Vaccination in the Punjab 1897-1904 - 1897-1904
Year: 1897
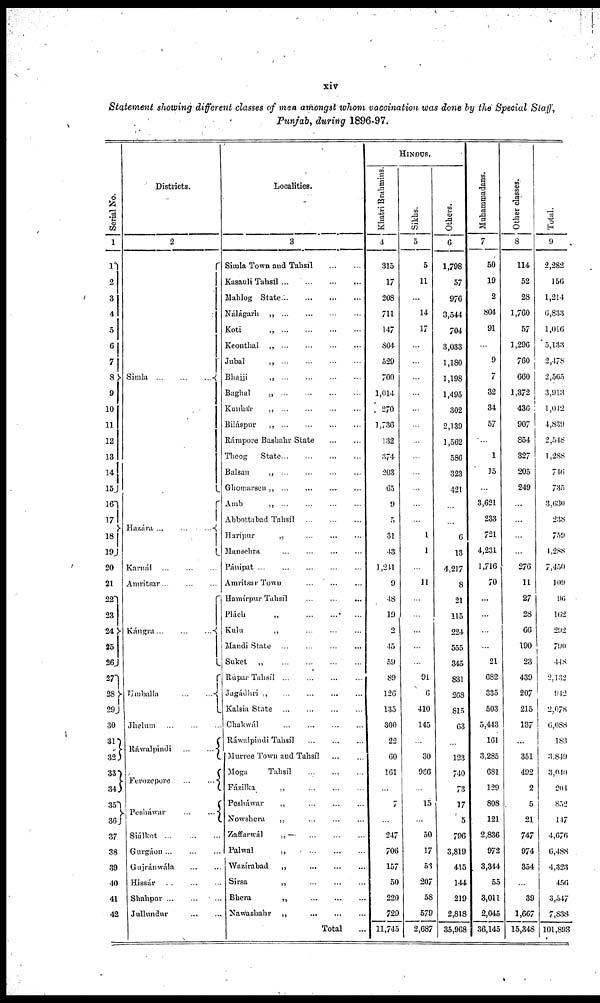
xiv
Statement showing different classes of men amongst whom vaccination was done by the Special Staff,
Punjab, during 1896-97.
Serial No.
1
1
2
3
4
5
6
7
8
9
10
11
12
13
14
15
16
17
18
19
20
21
22
23
24
25
26
27
28
29
30
31
32
33
34
35
36
37
38
39
40
41
42
Districts.
2
Simla
...
...
...
Hazára ... ... ...
Karnál
...
...
...
Amritsar
...
...
...
Kángra
...
...
...
Umballa
...
...
...
Jhelum
...
...
...
Ráwalpindi ... ... ...
Ferozepore ... ... ...
Pesháwar
...
...
...
Siálkot
...
...
...
Gurgáon ... ... ...
Gujránwala ... ... ...
Hissár ... ... ...
Shahpur ... ... ...
Jullundur ... ... ...
Localities.
3
Simla Town and Tabsíl
...
...
Kasauli Tahsíl ... ... ... ...
Mahlog State
...
...
...
...
Nálágarh
„
...
...
...
...
Koti
„
...
...
...
...
Keonthal
„
...
...
...
...
Jubal
„
...
...
...
...
Bhajji
„
...
...
...
...
Baghal
„
...
...
...
...
Kunhár „ ... ... ... ...
Biláspur
„
...
...
...
...
Rámpore Bashahr State
...
...
Theog
State
...
...
...
...
Balsan
„
...
...
...
...
Ghomarsen
„
...
...
...
...
Amb
„
...
...
...
...
Abbottabad Tahsíl
...
...
...
Harípur „ ... ... ... ...
Mansehra „ ... ... ... ...
Pánipat ... ... ... ... ...
Amritsar Town „ ... ... ... ...
Hamírpur Tahsíl ... ... ...
Plách
„
...
...
...
...
Kulu
„
...
...
...
...
Mandi State „ ... ... ... ...
Suket
„
...
...
...
...
Rúpar Tahsíl
...
...
...
...
Jagádhri „ ... ... ... ...
Kalsia State ... ... ... ...
Chakwál
...
...
...
...
Ráwalpindi Tahsíl ... ... ...
Murree Town and Tahsíl ... ...
Moga
Tahsíl
...
...
...
Fázilka
„
...
...
...
...
Pesháwar
„
...
...
...
...
Nowshera
„
...
...
...
...
Zaffarwál „ ... ... ... ...
Palwal
„
...
...
...
...
Wazírabad
„
...
...
...
...
Sirsa
„
...
...
...
...
Bhera
„
...
...
...
...
Nawashahr „ ... ... ... ...
Total ...
HINDUS.
Khatri Brahmins.
4
315
17
208
711
147
804
529
700
1,014
270
1,736
132
374
203
65
9
5
31
43
1,241
9
48
19
2
45
59
89
126
135
300
22
60
161
...
7
...
247
706
157
50
220
729
11,745
Sikhs.
5
5
11
...
14
17
...
...
...
...
...
...
...
...
...
...
...
...
1
1
...
11
...
...
...
...
...
91
6
410
145
...
30
966
...
15
...
50
17
53
207
58
579
2,687
Others.
6
1,798
57
976
3,544
704
3,033
1,180
1,198
1,495
302
2,139
1,562
586
323
421
...
...
6
13
4,217
8
21
115
224
555
345
831
268
815
63
...
123
740
73
17
5
796
3,819
415
144
219
2,818
35,968
Muhammadans.
7
50
19
2
804
91
...
9
7
32
34
57
...
1
15
...
3,621
233
721
4,231
1,716
70
...
...
...
...
21
682
335
503
5,443
161
3,285
681
129
808
121
2,836
972
3,344
55
3,011
2,045
36,145
Other classes.
8
114
52
28
1,760
57
1,296
760
660
1,372
436
907
854
327
205
249
...
...
...
...
276
11
27
28
66
190
23
439
207
215
137
...
351
492
2
5
21
747
974
354
...
39
1,667
15,348
Total.
9
2,282
156
1,214
6,833
1,016
5,133
2,478
2,565
3,913
1,042
4,839
2,548
1,288
746
735
3,630
238
759
4,288
7,450
109
96
162
292
790
448
2,132
942
2,078
6,088
183
3,849
3,040
204
832
147
4,676
6,488
4,323
456
3,547
7,838
101,893